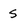
Character: s